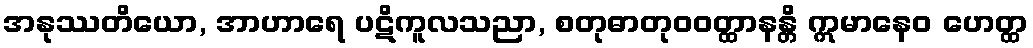
အနုဿတိယော, အာဟာရေ ပဋိကူလသညာ, စတုဓာတုဝဝတ္ထာနန္တိ ဣမာနေဝ ဟေတ္ထ